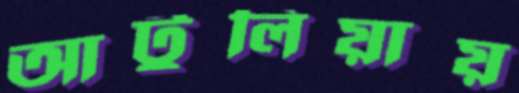
আটুলিয়ায়